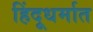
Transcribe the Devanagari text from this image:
हिंदूधर्मात